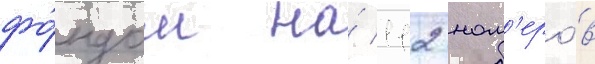
фо́ндом на́ 112 ном'еро́в